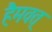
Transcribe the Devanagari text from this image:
हैमवत्